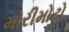
મોરીમોટો